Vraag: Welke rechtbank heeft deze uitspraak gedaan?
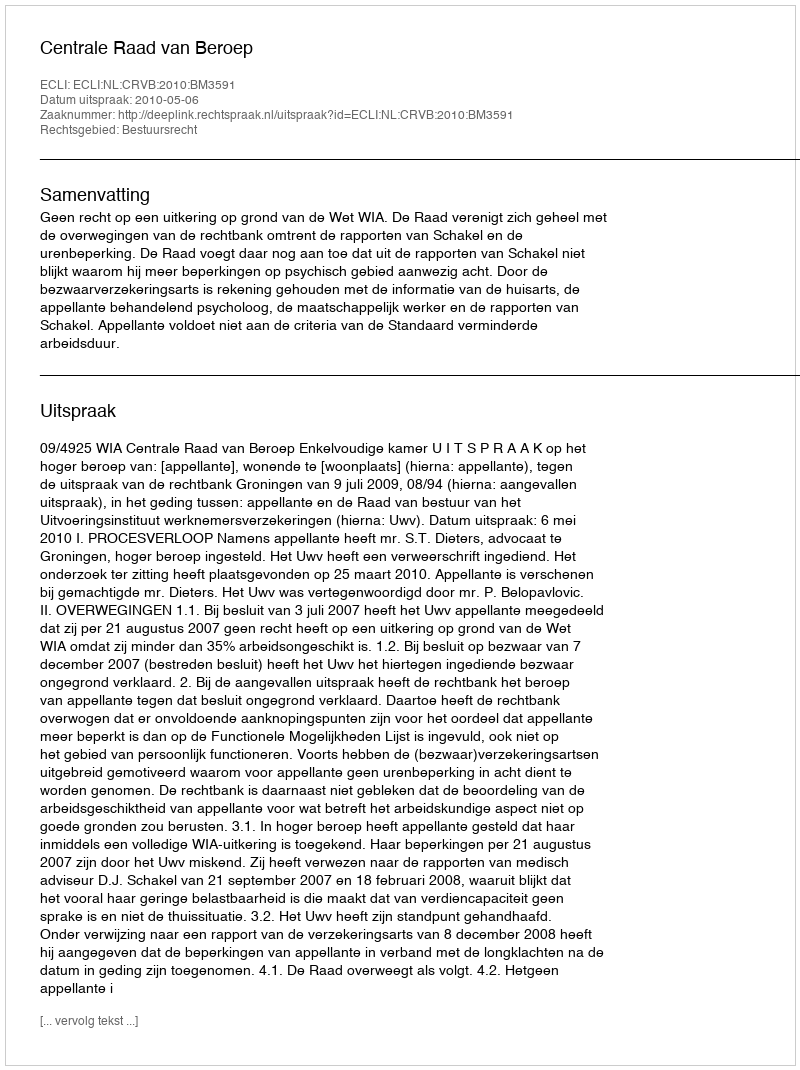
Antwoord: Centrale Raad van Beroep